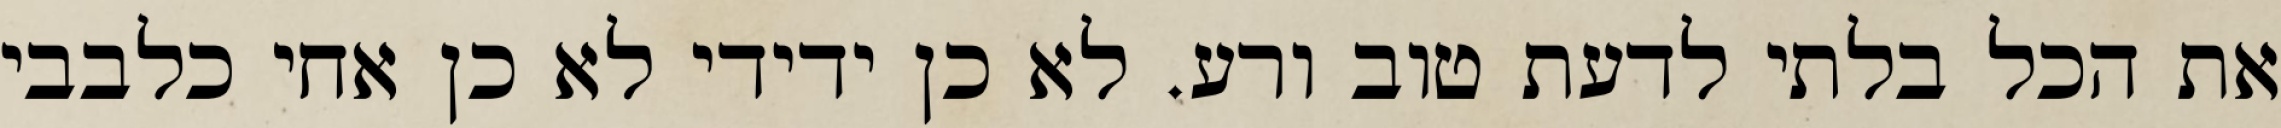
את הכל בלתי לדעת טוב ורע. לא כן ידידי לא כן אחי כלבבי